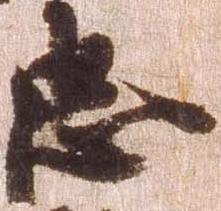
忠